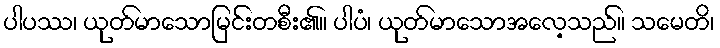
ပါပဿ၊ ယုတ်မာသောမြင်းတစီး၏။ ပါပံ၊ ယုတ်မာသောအလေ့သည်။ သမေတိ၊